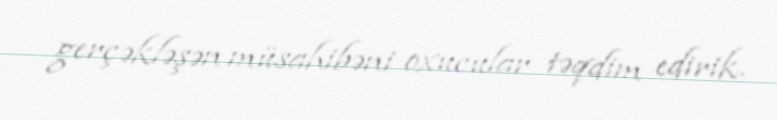
gerçəkləşən müsahibəni oxucular təqdim edirik.